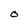
Character: O